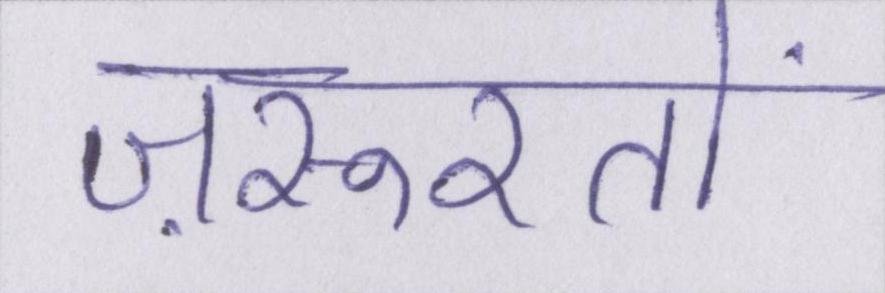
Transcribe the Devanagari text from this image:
ज़रूरतों